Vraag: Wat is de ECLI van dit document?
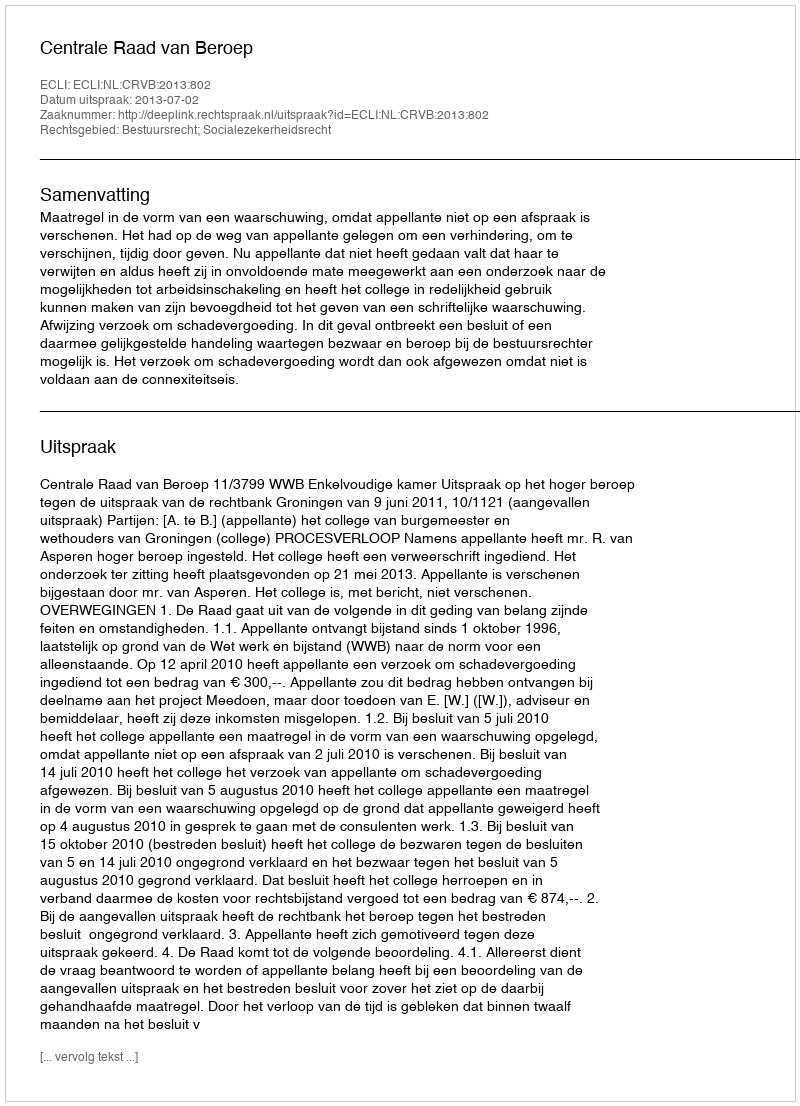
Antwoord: ECLI:NL:CRVB:2013:802